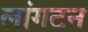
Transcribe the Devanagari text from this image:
लांगटन